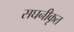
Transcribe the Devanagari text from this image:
सघनीकृत